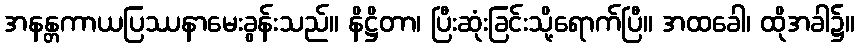
အနန္တကာယပြဿနာမေးခွန်းသည်။ နိဋ္ဌိတာ၊ ပြီးဆုံးခြင်းသို့ရောက်ပြီ။ အထခေါ၊ ထိုအခါ၌။